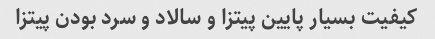
کیفیت بسیار پایین پیتزا و سالاد و سرد بودن پیتزا